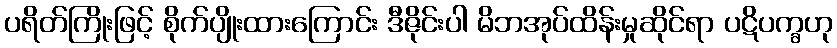
ပရိတ်ကြိုးဖြင့် စိုက်ပျိုးထားကြောင်း ဒီဇိုင်းပါ မိဘအုပ်ထိန်းမှုဆိုင်ရာ ပဋိပက္ခဟု